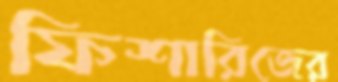
ফিশারিজের